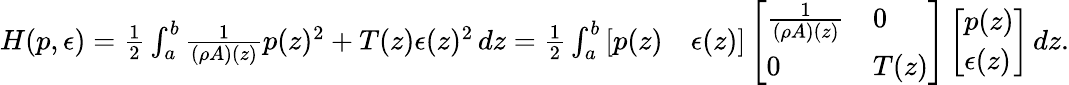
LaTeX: \begin{array}{r}{H(p,\epsilon)=\frac{1}{2}\int_{a}^{b}\frac{1}{(\rho A)(z)}p(z)^{2}+T(z)\epsilon(z)^{2}\, dz=\frac{1}{2}\int_{a}^{b}\left[\begin{array}{ll}{p(z)}&{\epsilon(z)}\end{array}\right]\left[\begin{array}{ll}{\frac{1}{(\rho A)(z)}}&{0}\\ {0}&{T(z)}\end{array}\right]\left[\begin{array}{l}{p(z)}\\ {\epsilon(z)}\end{array}\right]\, dz.}\end{array}